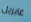
غابريل